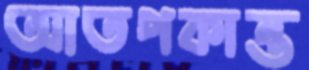
আতপকান্ত